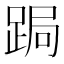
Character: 跼